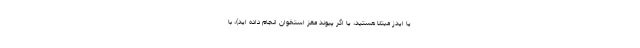
یا ایدز مبتلا هستید، یا اگر پیوند مغز استخوان انجام داده اید)، با